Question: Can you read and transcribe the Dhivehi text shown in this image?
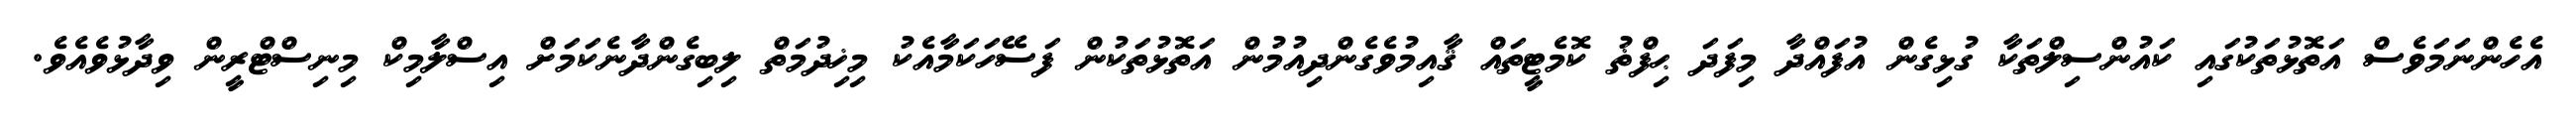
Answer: އެހެންނަމަވެސް އަތޮޅުތަކުގައި ކައުންސިލްތަކާ ގުޅިގެން އުފައްދާ މިފަދަ ޙިފްޡު ކޮމެޓީތައް ޤާއިމުވެގެންދިއުމުން އަތޮޅުތަކުން ފަސޭހަކަމާއެކު މިޚިދުމަތް ލިބިގެންދާނެކަމަށް އިސްލާމިކް މިނިސްޓްރީން ވިދާޅުވެއެވެ.